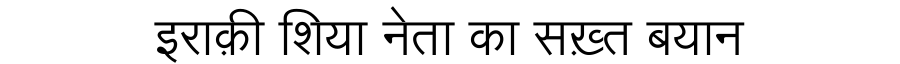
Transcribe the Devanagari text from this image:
इराक़ी शिया नेता का सख़्त बयान